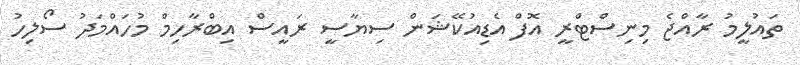
ތައުލީމު ރާއްޖެ މިނިސްޓްރީ އޮފް އެޑިއުކޭޝަން ސިޔާސީ ރައީސް އިބްރާހިމް މުހައްމަދު ސޯލިހު